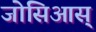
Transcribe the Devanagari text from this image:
जोसिआस्